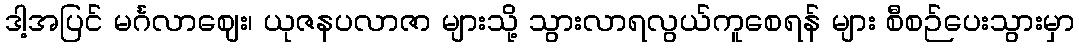
ဒါ့အပြင် မင်္ဂလာဈေး၊ ယုဇနပလာဇာ များသို့ သွားလာရလွယ်ကူစေရန် များ စီစဉ်ပေးသွားမှာ